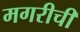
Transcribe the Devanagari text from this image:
मगरीची